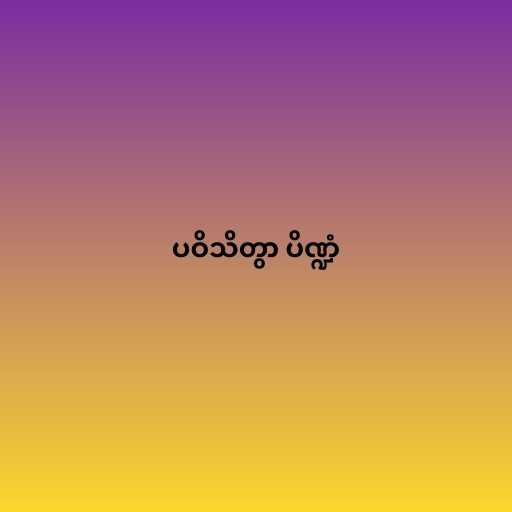
ပဝိသိတွာ ပိဏ္ဍံ